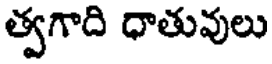
త్వగాది ధాతువులు